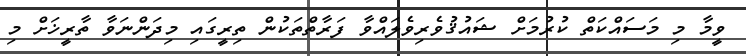
ވީމާ މި މަސައްކަތް ކުރުމަށް ޝައުޤުވެރިވެލައްވާ ފަރާތްތަކުން ތިރީގައި މިދަންނަވާ ތާރީޚަށް މި